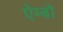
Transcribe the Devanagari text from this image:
ऐम्बो